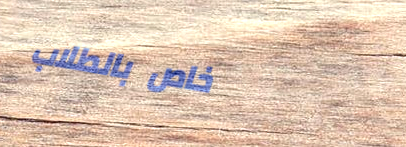
خاص بالطلاب